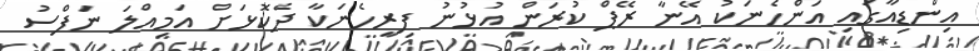
އިންޑިއާގައި އަންހެނަކު އޭނާ ރޭޕް ކުރަން އުޅުނު ފިރިހެނަކާ ދެކޮޅަށް އަމިއްލަ ނަފްސު